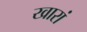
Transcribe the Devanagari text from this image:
खारां